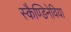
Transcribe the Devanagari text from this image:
स्कैण्डिनेविया